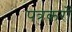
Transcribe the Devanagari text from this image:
पत्रकरों